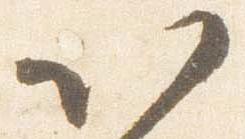
以